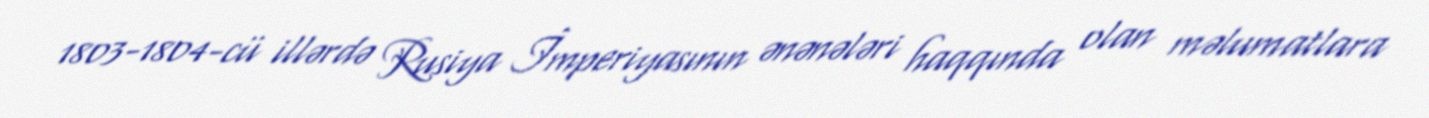
1803-1804-cü illərdə Rusiya İmperiyasının ənənələri haqqında olan məlumatlara